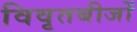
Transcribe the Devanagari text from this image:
विवृतबीजों